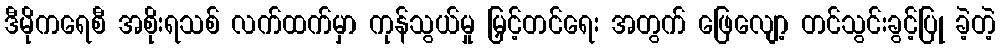
ဒီမိုကရေစီ အစိုးရသစ် လက်ထက်မှာ ကုန်သွယ်မှု မြှင့်တင်ရေး အတွက် ဖြေလျော့ တင်သွင်းခွင့်ပြု ခဲ့တဲ့